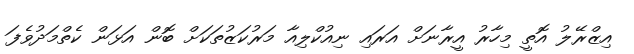
އިޒްރޭލު އޮތީ މިހާރު އީރާނަށް އަރައި ނިއުކްލިއާ މަރުކަޒުތަކަށް ބޮން އަޅަން ކެތްމަދުވެފަ